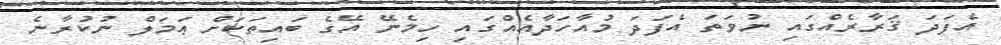
އެފަދަ ޤަރާރެއްގައި ނުވަތަ އެފަދަ މުއާހަދާއެއްގައި ހިމެނޭ އޭގެ ބައިތަކަށް ޢަމަލް ނުކުރާނެ